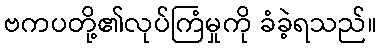
ဗကပတို့၏လုပ်ကြံမှုကို ခံခဲ့ရသည်။